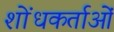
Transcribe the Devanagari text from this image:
शोंधकर्ताओं